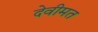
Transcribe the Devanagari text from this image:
देवीमत